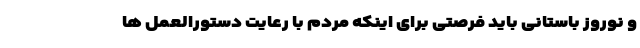
و نوروز باستانی باید فرصتی برای اینکه مردم با رعایت دستورالعمل ها